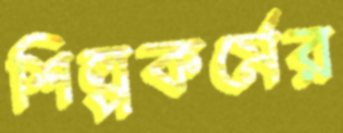
শিল্পকর্মের